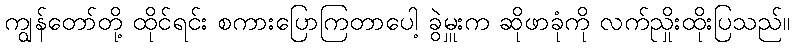
ကျွန်တော်တို့ ထိုင်ရင်း စကားပြောကြတာပေါ့ ခွဲမှူးက ဆိုဖာခုံကို လက်ညှိုးထိုးပြသည်။